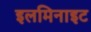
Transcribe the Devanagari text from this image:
इलमिनाइट